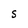
Character: S